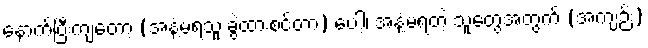
နောက်ပြီးကျတော့ (အနံ့မရသူ ခွဲထားစင်တာ) ပေါ့၊ အန့ံ့မရတဲ့ သူတွေအတွက် (အကျဉ်း)